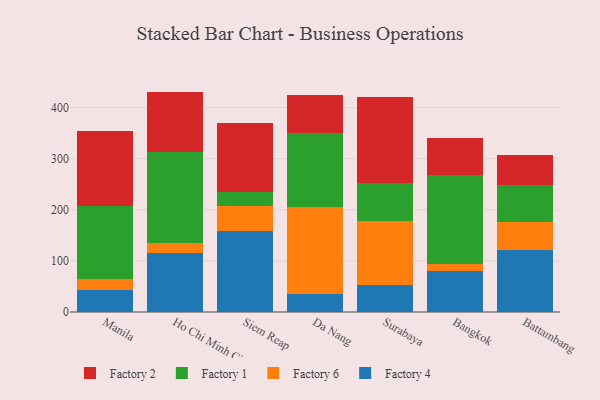
{"axis": {"x": "City", "y": "Waste Production (Tons)"}, "legend": ["Factory 1", "Factory 2", "Factory 4", "Factory 6"], "data": [{"x": "Manila", "y": 43.0, "type": "Factory 4"}, {"x": "Manila", "y": 21.1, "type": "Factory 6"}, {"x": "Manila", "y": 143.4, "type": "Factory 1"}, {"x": "Manila", "y": 146.1, "type": "Factory 2"}, {"x": "Ho Chi Minh City", "y": 116.3, "type": "Factory 4"}, {"x": "Ho Chi Minh City", "y": 18.9, "type": "Factory 6"}, {"x": "Ho Chi Minh City", "y": 177.9, "type": "Factory 1"}, {"x": "Ho Chi Minh City", "y": 118.1, "type": "Factory 2"}, {"x": "Siem Reap", "y": 158.0, "type": "Factory 4"}, {"x": "Siem Reap", "y": 49.2, "type": "Factory 6"}, {"x": "Siem Reap", "y": 27.2, "type": "Factory 1"}, {"x": "Siem Reap", "y": 136.0, "type": "Factory 2"}, {"x": "Da Nang", "y": 35.7, "type": "Factory 4"}, {"x": "Da Nang", "y": 168.9, "type": "Factory 6"}, {"x": "Da Nang", "y": 144.9, "type": "Factory 1"}, {"x": "Da Nang", "y": 75.7, "type": "Factory 2"}, {"x": "Surabaya", "y": 52.1, "type": "Factory 4"}, {"x": "Surabaya", "y": 126.9, "type": "Factory 6"}, {"x": "Surabaya", "y": 72.7, "type": "Factory 1"}, {"x": "Surabaya", "y": 168.8, "type": "Factory 2"}, {"x": "Bangkok", "y": 80.5, "type": "Factory 4"}, {"x": "Bangkok", "y": 13.7, "type": "Factory 6"}, {"x": "Bangkok", "y": 174.3, "type": "Factory 1"}, {"x": "Bangkok", "y": 72.0, "type": "Factory 2"}, {"x": "Battambang", "y": 121.0, "type": "Factory 4"}, {"x": "Battambang", "y": 54.7, "type": "Factory 6"}, {"x": "Battambang", "y": 73.3, "type": "Factory 1"}, {"x": "Battambang", "y": 58.5, "type": "Factory 2"}]}